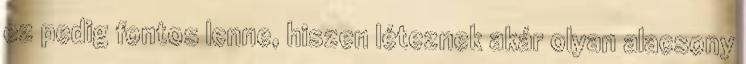
ez pedig fontos lenne, hiszen léteznek akár olyan alacsony